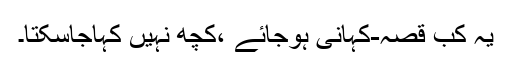
یہ کب قصہ-کہانی ہوجائے ،کچھ نہیں کہاجاسکتا۔